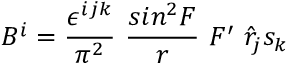
B ^ { i } = \frac { \epsilon ^ { i j k } } { \pi ^ { 2 } } ~ \frac { s i n ^ { 2 } F } { r } ~ F ^ { \prime } ~ { \hat { r } } _ { j } s _ { k }